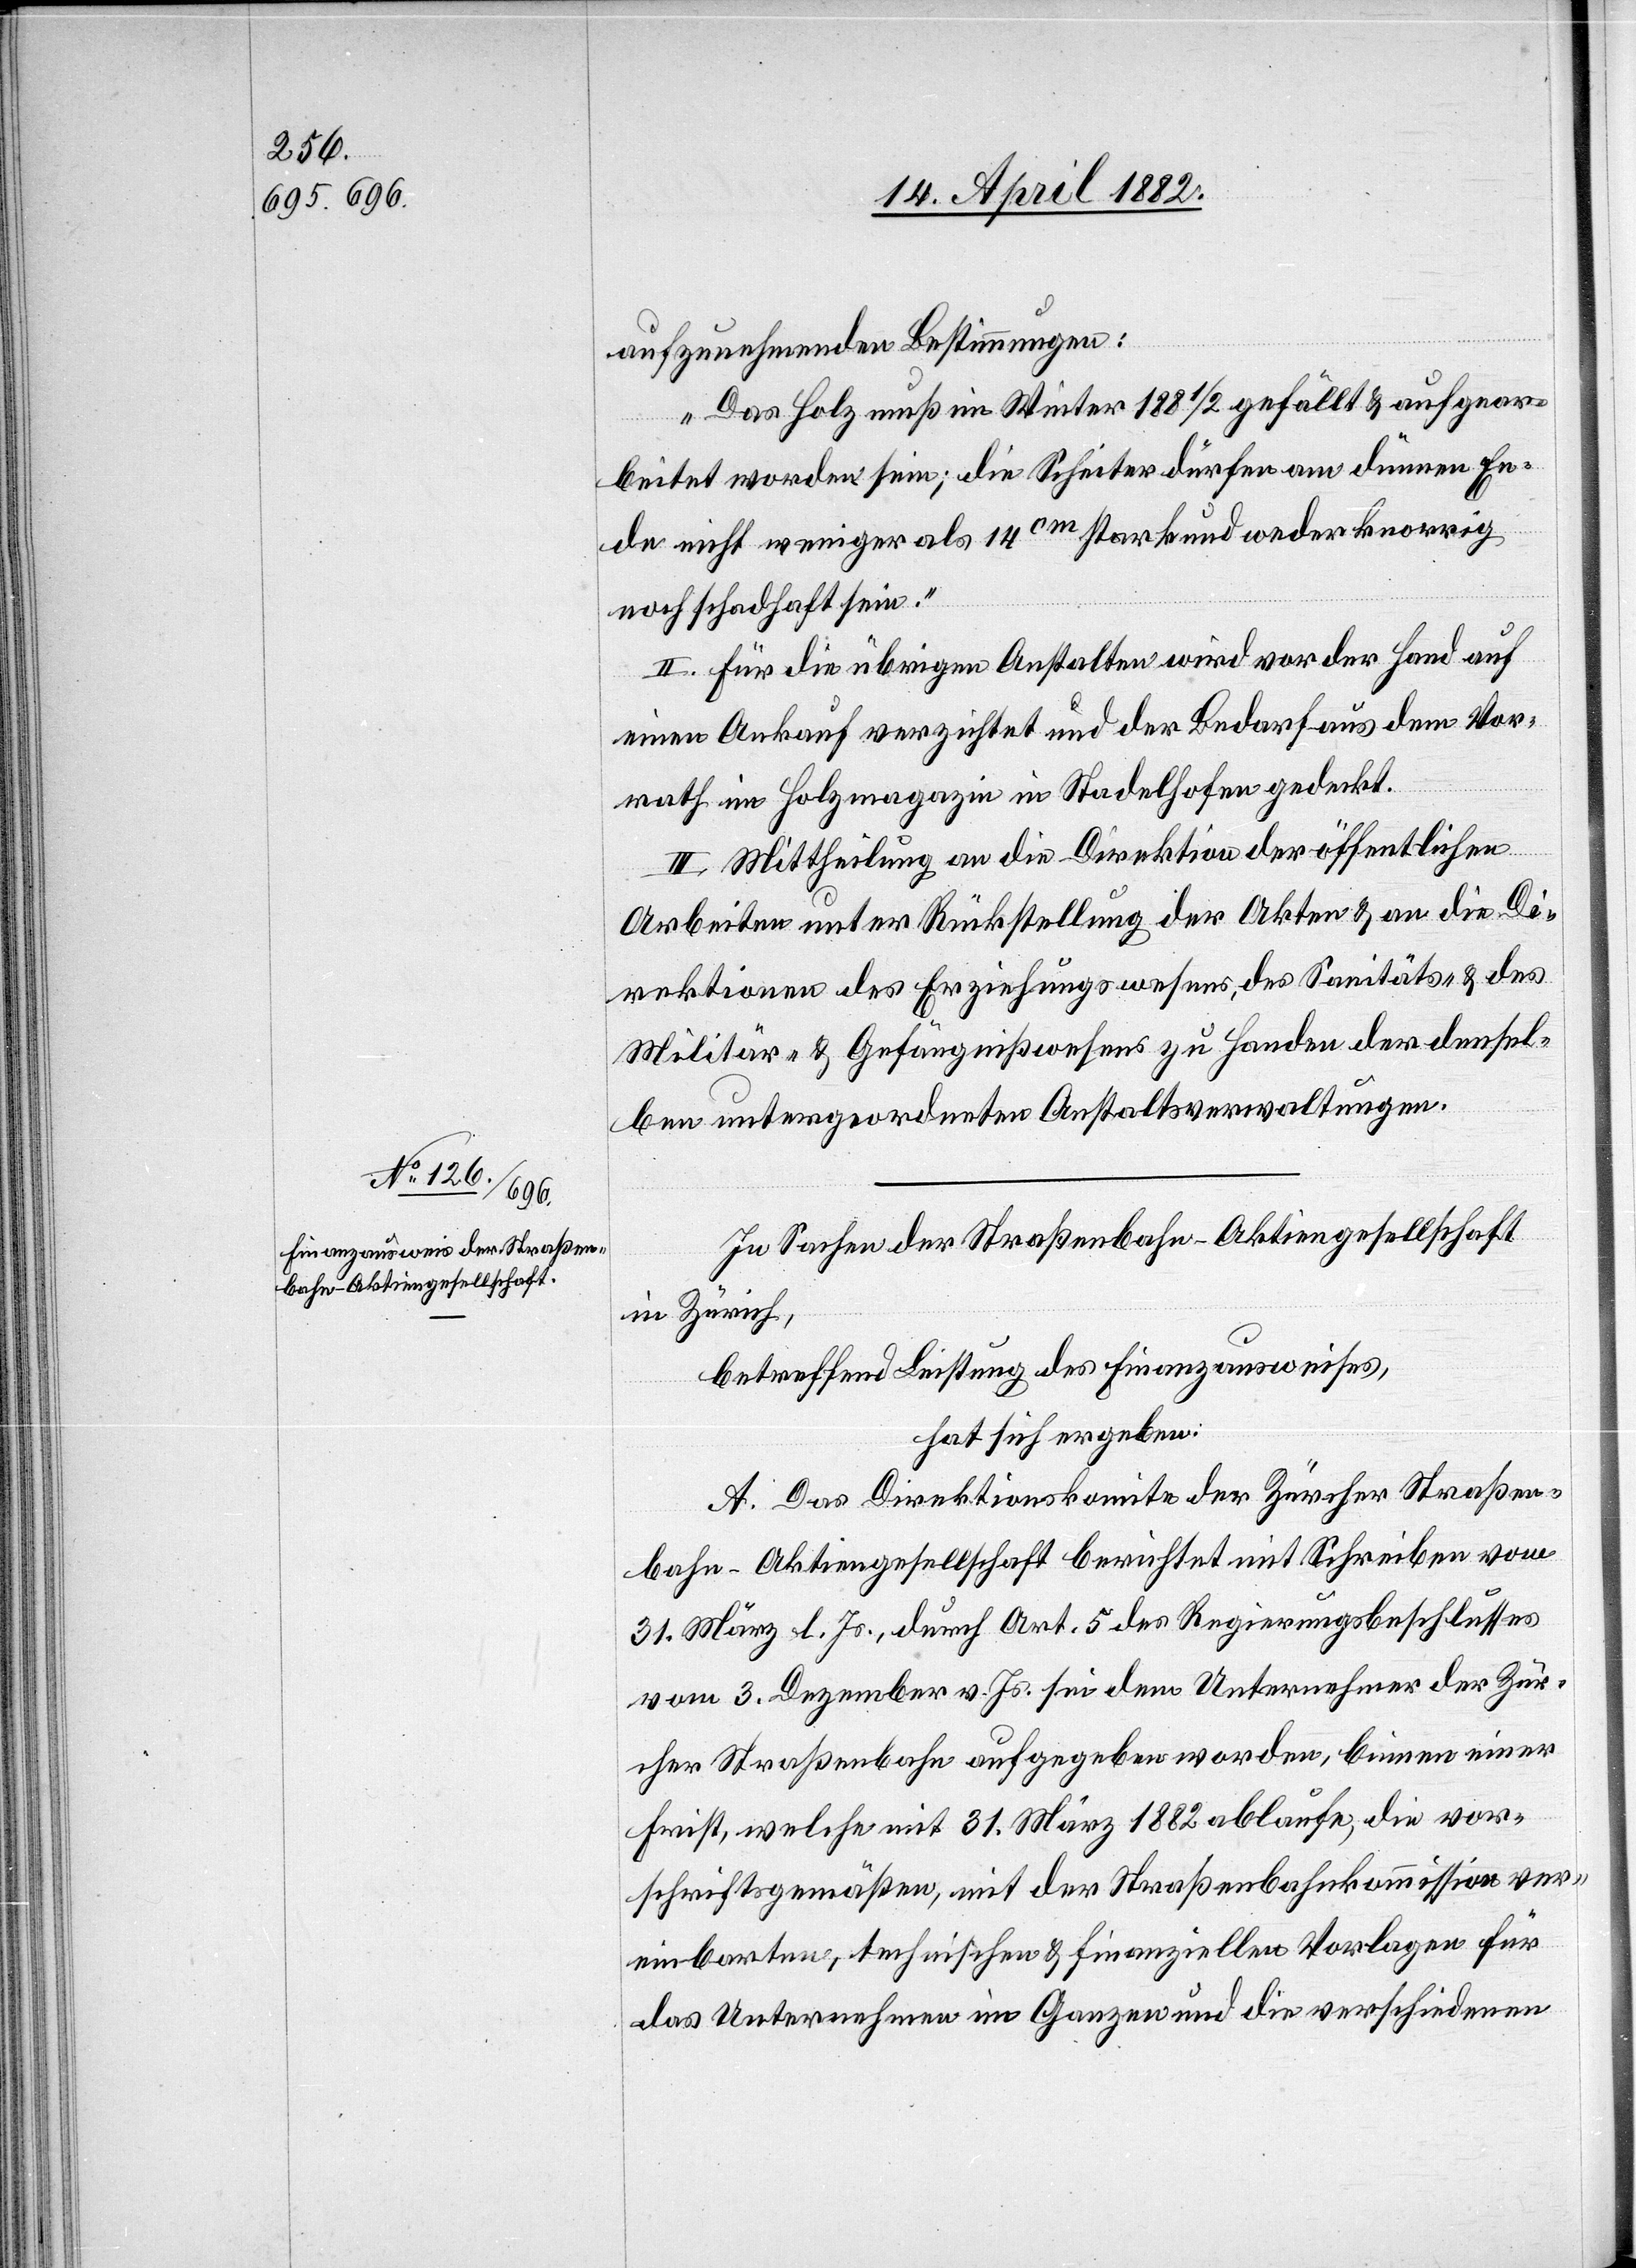
aufzunehmenden Bestimmungen:
„Das Holz muß im Winter 1881/2 gefällt & aufgear¬
beitet worden sein; die Scheiter dürfen am dünnen En¬
de nicht weniger als 14cm stark und weder knorrig
noch schadhaft sein.“
II. Für die übrigen Anstalten wird vor der Hand auf
einen Ankauf verzichtet und der Bedarf aus dem Vor¬
rath im Holzmagazin in Stadelhofen gedeckt.
III. Mittheilung an die Direktion der öffentlichen
Arbeiten unter Rückstellung der Akten & an die Di¬
rektionen des Erziehungswesens, des Sanitäts- & des
Militär- & Gefängnißwesens zu Handen der densel¬
ben untergeordneten Anstaltsverwaltungen.
In Sachen der Straßenbahn-Aktiengesellschaft
in Zürich,
betreffend Leistung des Finanzausweises,
hat sich ergeben:
A. Das Direktionskomite der Zürcher Straßen¬
bahn-Aktiengesellschaft berichtet mit Schreiben vom
31. März l. Js., durch Art. 5 des Regierungsbeschlusses
vom 3. Dezember v. Js. sei dem Unternehmer der Zür¬
cher Straßenbahn aufgegeben worden, binnen einer
Frist, welche mit 31. März 1882 ablaufe, die vor¬
schriftsgemäßen, mit der Straßenbahnkommission ver¬
einbarten, technischen & finanziellen Vorlagen für
das Unternehmen im Ganzen und die verschiedenen